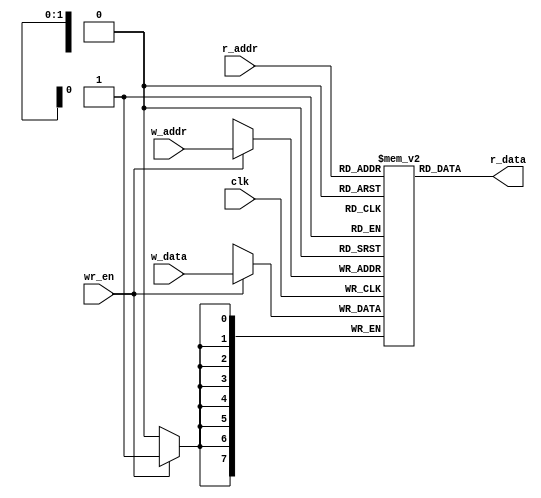
module reg_file
	#( 
		parameter DATA_WIDTH = 8,
		parameter ADDR_WIDTH = 2)
	 (
		input wire clk,
		input wire wr_en,
		input [ADDR_WIDTH-1:0] w_addr, r_addr,
		input wire [DATA_WIDTH-1:0] w_data,
		output wire [DATA_WIDTH-1:0] r_data);
		
		// signal declaration
		reg [DATA_WIDTH-1:0] array_reg [2**ADDR_WIDTH-1:0];
		
		// write operation
		always @ (posedge clk)
			if (wr_en)
			array_reg[w_addr] <= w_data;
		// read operation
		assign r_data = array_reg[r_addr];
endmodule